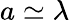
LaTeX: a\simeq\lambda